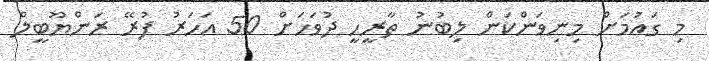
މި ގައުމަށް މިނިވަންކަން ލިބުނު ތާރީހީ ދުވަހަށް 50 އަހަރު ފުރޭ ރަންޔޫބީލް